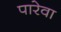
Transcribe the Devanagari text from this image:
पारेवा